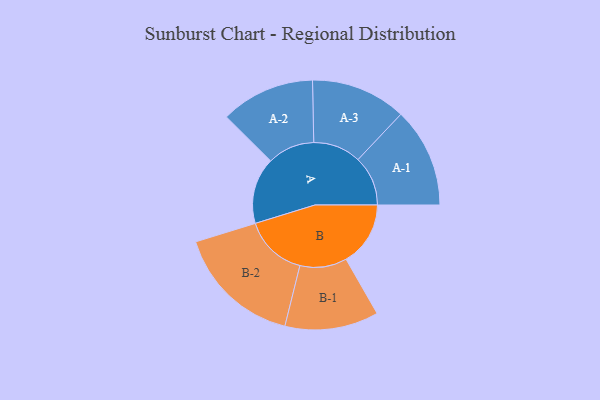
{"axis": {"x": "Segment", "y": "Value"}, "legend": ["", "A", "B"], "data": [{"x": "A", "y": 242, "type": ""}, {"x": "B", "y": 235, "type": ""}, {"x": "A-1", "y": 182, "type": "A"}, {"x": "A-2", "y": 172, "type": "A"}, {"x": "A-3", "y": 174, "type": "A"}, {"x": "B-1", "y": 171, "type": "B"}, {"x": "B-2", "y": 230, "type": "B"}]}